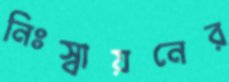
নিঃস্বায়নের